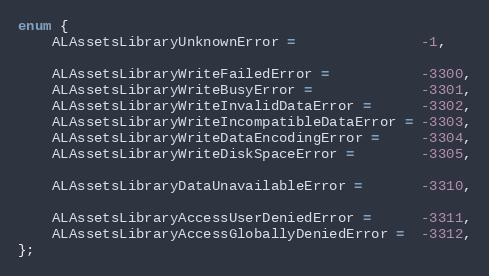
Language: C
enum {
    ALAssetsLibraryUnknownError =               -1,

    ALAssetsLibraryWriteFailedError =           -3300,
    ALAssetsLibraryWriteBusyError =             -3301,
    ALAssetsLibraryWriteInvalidDataError =      -3302,
    ALAssetsLibraryWriteIncompatibleDataError = -3303,
    ALAssetsLibraryWriteDataEncodingError =     -3304,
    ALAssetsLibraryWriteDiskSpaceError =        -3305,

    ALAssetsLibraryDataUnavailableError =       -3310,

    ALAssetsLibraryAccessUserDeniedError =      -3311,
    ALAssetsLibraryAccessGloballyDeniedError =  -3312,
};